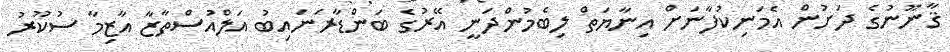
ޤާނޫނުގެ ދަށުން އެމަނިކުފާނަށް އިނާޔަތް ލިބެމުންދަނީ އޭރުގެ ބަންޑާރަނައިބު އަލްއުސްތާޒާ އާޒިމާ ސުކޫރު